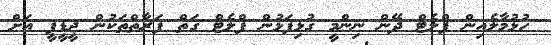
ހުޅުމާލެއިން ފްލެޓް ދޭން ނިންމީ ގުޅިފަޅުން ފްލެޓް ގަތް ފަރާތްތަކުން ޖީޑީޕީ އަށް